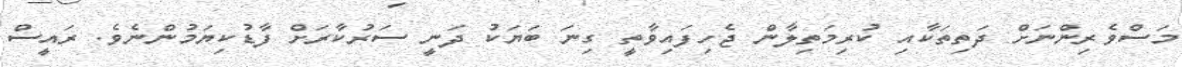
މަސްވެރިންނަށް ދަތިތަކާއި ކުރިމަތިލާން ޖެހިފައިވާތީ ގިނަ ބަޔަކު ދަނީ ސަރުކާރަށް ފާޑުކިޔަމުންނެވެ. ރައީސް